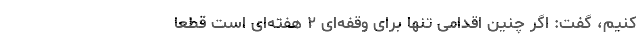
کنیم، گفت: اگر چنین اقدامی تنها برای وقفه‌ای ۲ هفته‌ای است قطعاً